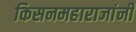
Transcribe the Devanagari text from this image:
किसनमहाराजांनी